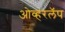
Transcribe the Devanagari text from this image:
ओव्हरलॅप